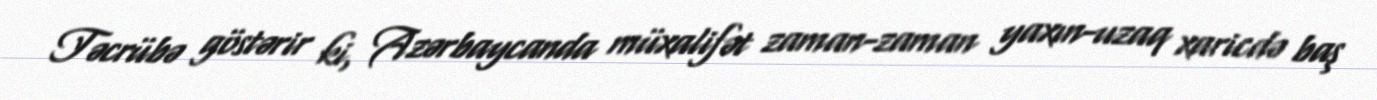
Təcrübə göstərir ki, Azərbaycanda müxalifət zaman-zaman yaxın-uzaq xaricdə baş